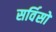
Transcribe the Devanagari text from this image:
सर्विसों